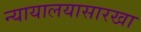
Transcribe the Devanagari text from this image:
न्यायालयासारखा